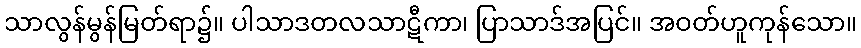
သာလွန်မွန်မြတ်ရာ၌။ ပါသာဒတလသာဋီကာ၊ ပြာသာဒ်အပြင်။ အဝတ်ဟူကုန်သော။